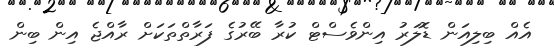
އެއް ބިލިއަން ޑޮލަރު އިންވެސްޓް ކުރާ ބޭރުގެ ފަރާތްތަކަށް ރާއްޖެ އިން ބިން